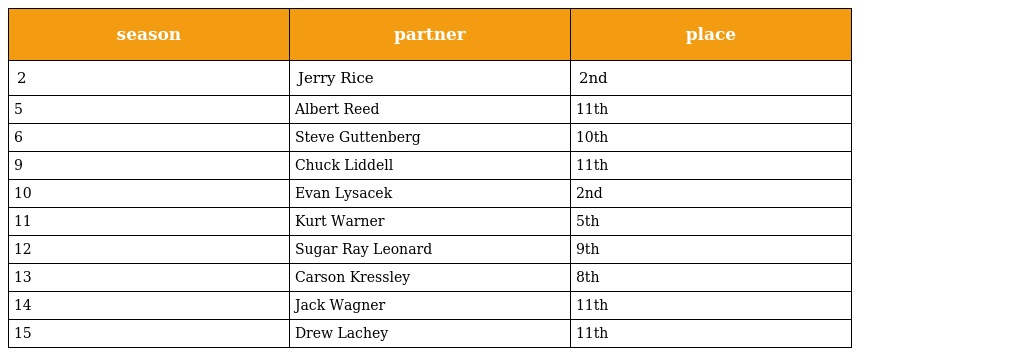
| season | partner | place |
 | --- | --- | --- |
 | 2 | Jerry Rice | 2nd |
 | 5 | Albert Reed | 11th |
 | 6 | Steve Guttenberg | 10th |
 | 9 | Chuck Liddell | 11th |
 | 10 | Evan Lysacek | 2nd |
 | 11 | Kurt Warner | 5th |
 | 12 | Sugar Ray Leonard | 9th |
 | 13 | Carson Kressley | 8th |
 | 14 | Jack Wagner | 11th |
 | 15 | Drew Lachey | 11th |